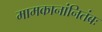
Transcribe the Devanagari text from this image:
मामकानांनितंबः